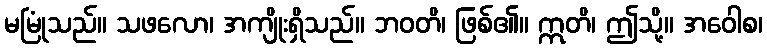
မမြုံသည်။ သဖလော၊ အကျိုးရှိသည်။ ဘဝတိ၊ ဖြစ်၏။ ဣတိ၊ ဤသို့။ အဝေါစ၊